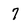
Character: 7